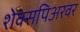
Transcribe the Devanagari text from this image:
शेक्सपिअरवर